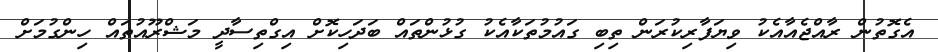
އެގޮތުން ރާއްޖެއާއެކު ވިޔަފާރިކުރަން ތިބި ގައުމުތަކާއެކު ގުޅުންތައް ބަދަހިކޮށް އިގްތިސާދީ މަޝްރޫއުތައް ހިންގުމަށް